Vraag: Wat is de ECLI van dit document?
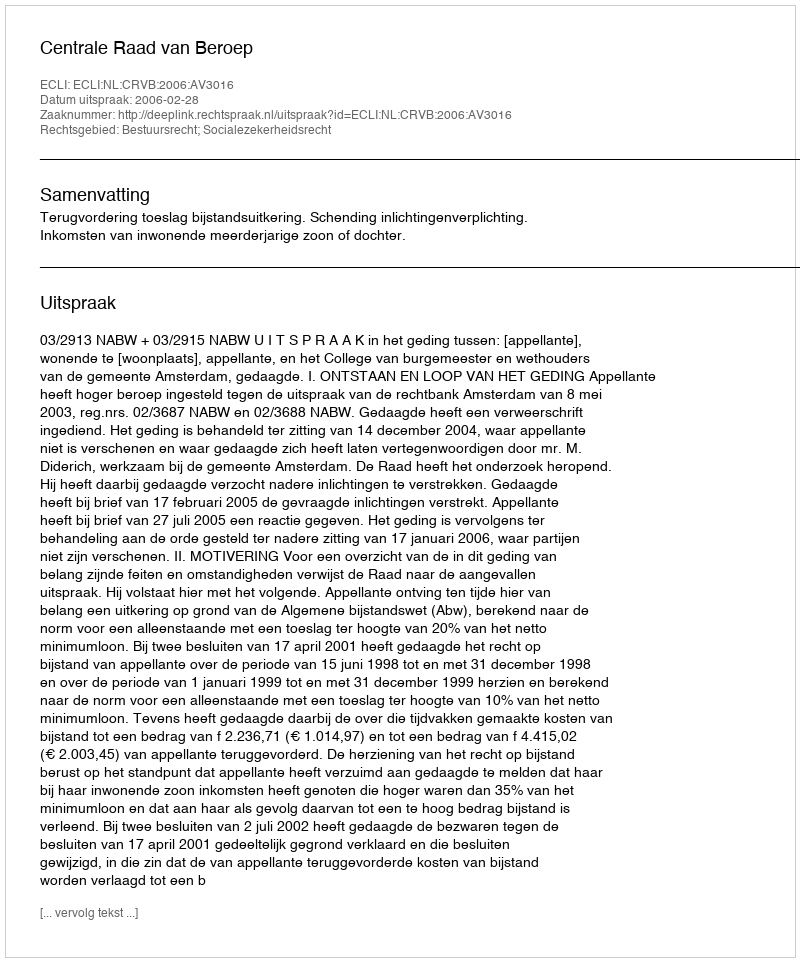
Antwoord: ECLI:NL:CRVB:2006:AV3016